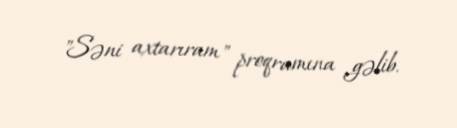
"Səni axtarıram" proqramına gəlib.